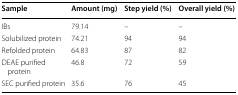
<table><thead><tr><td><b>Sample</b></td><td><b>Amount (mg)</b></td><td><b>Step yield (%)</b></td><td><b>Overall yield (%)</b></td></tr></thead><tbody><tr><td>IBs</td><td>79.14</td><td>–</td><td>–</td></tr><tr><td>Solubilized protein</td><td>74.21</td><td>94</td><td>94</td></tr><tr><td>Refolded protein</td><td>64.83</td><td>87</td><td>82</td></tr><tr><td>DEAE purified protein</td><td>46.8</td><td>72</td><td>59</td></tr><tr><td>SEC purified protein</td><td>35.6</td><td>76</td><td>45</td></tr></tbody></table>